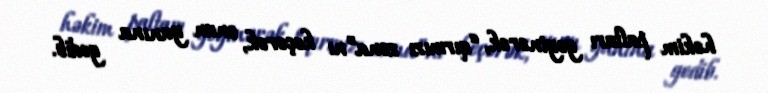
həkim paltarı geyinərək, “qırmızı zona”nı keçərək, onun yanına gedib.